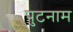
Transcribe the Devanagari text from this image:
पुटनाम